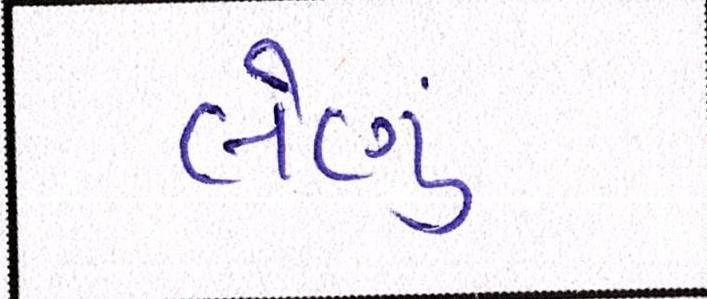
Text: લેણું